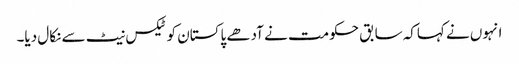
انہوں نے کہاکہ سابق حکومت نے آدھے پاکستان کو ٹیکس نیٹ سے نکال دیا۔